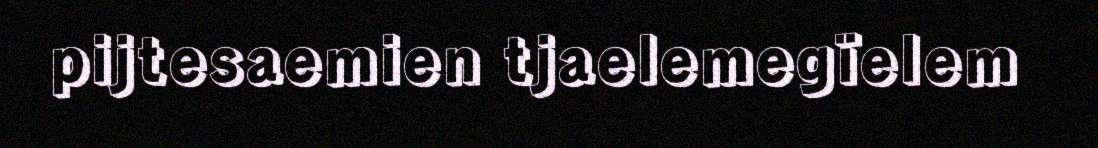
pijtesaemien tjaelemegïelem